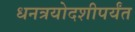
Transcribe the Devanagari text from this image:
धनत्रयोदशीपर्यंत